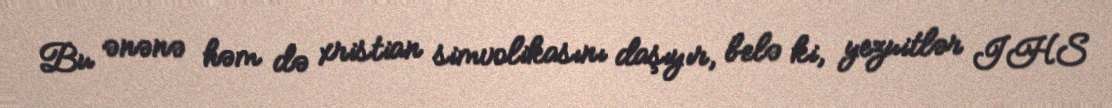
Bu ənənə həm də xristian simvolikasını daşıyır, belə ki, yezuitlər IHS